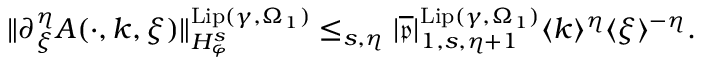
\begin{array} { r } { \rVert \partial _ { \xi } ^ { \eta } A ( \cdot , k , \xi ) \rVert _ { H _ { \varphi } ^ { s } } ^ { \mathrm { L i p } ( \gamma , \Omega _ { 1 } ) } \le _ { s , \eta } | \overline { { \mathfrak { p } } } | _ { 1 , s , \eta + 1 } ^ { \mathrm { L i p } ( \gamma , \Omega _ { 1 } ) } \langle k \rangle ^ { \eta } \langle \xi \rangle ^ { - \eta } . } \end{array}